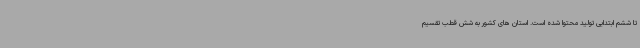
تا ششم ابتدایی تولید محتوا شده است. استان های کشور به شش قطب تقسیم